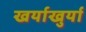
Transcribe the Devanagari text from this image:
खर्याखुर्या